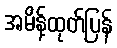
အမိန့်ထုတ်ပြန်